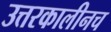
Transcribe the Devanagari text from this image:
उत्तरकालीनच